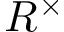
R ^ { \times }